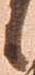
候